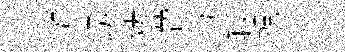
斑甥烤濳芍较覿